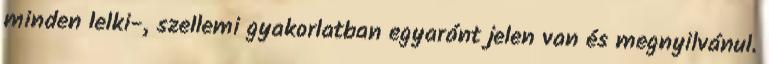
minden lelki-, szellemi gyakorlatban egyaránt jelen van és megnyilvánul.